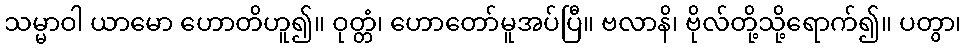
သမ္မာဝါ ယာမော ဟောတိဟူ၍။ ဝုတ္တံ၊ ဟောတော်မူအပ်ပြီ။ ဗလာနိ၊ ဗိုလ်တို့သို့ရောက်၍။ ပတွာ၊